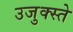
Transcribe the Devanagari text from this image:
उजुक्स्ते